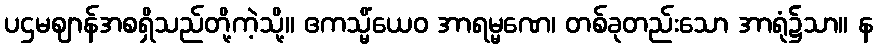
ပဌမဈာန်အစရှိသည်တို့ကဲ့သို့။ ဧကသ္မိံယေဝ အာရမ္မဏေ၊ တစ်ခုတည်းသော အာရုံ၌သာ။ န